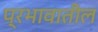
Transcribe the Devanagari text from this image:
प्रभावातील